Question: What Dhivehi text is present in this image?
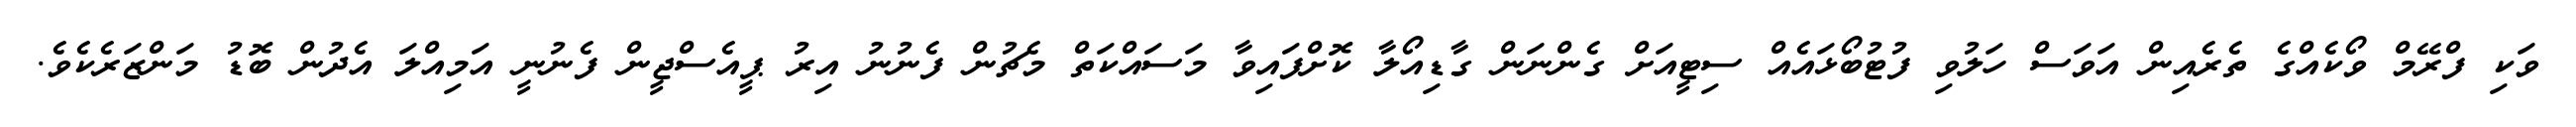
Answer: ވަކި ފްރޭމް ވޯކެއްގެ ތެރެއިން އަވަސް ހަލުވި ފުޓުބޯޅައެއް ސިޓީއަށް ގެންނަން ގާޑިއޯލާ ކޮށްފައިވާ މަސައްކަތް މެޗުން ފެނުނު އިރު ޕީއެސްޖީން ފެނުނީ އަމިއްލަ އެދުން ބޮޑު މަންޒަރެކެވެ.